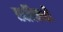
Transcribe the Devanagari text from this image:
खदिरवटी